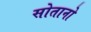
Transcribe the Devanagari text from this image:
सोतानो